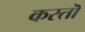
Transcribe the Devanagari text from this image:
करतॊ